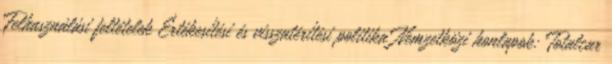
Felhasználási feltételek Értékesítési és visszatérítési politika Nemzetközi honlapok: Totalcar